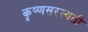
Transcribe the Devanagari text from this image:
कृष्णसरस्वती